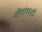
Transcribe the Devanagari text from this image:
शेंगांमध्ये